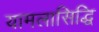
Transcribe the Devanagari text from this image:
यामलासिद्धि